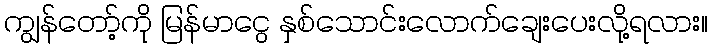
ကျွန်တော့်ကို မြန်မာငွေ နှစ်သောင်းလောက်ချေးပေးလို့ရလား။